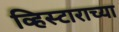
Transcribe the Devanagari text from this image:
व्हिस्टाराच्या